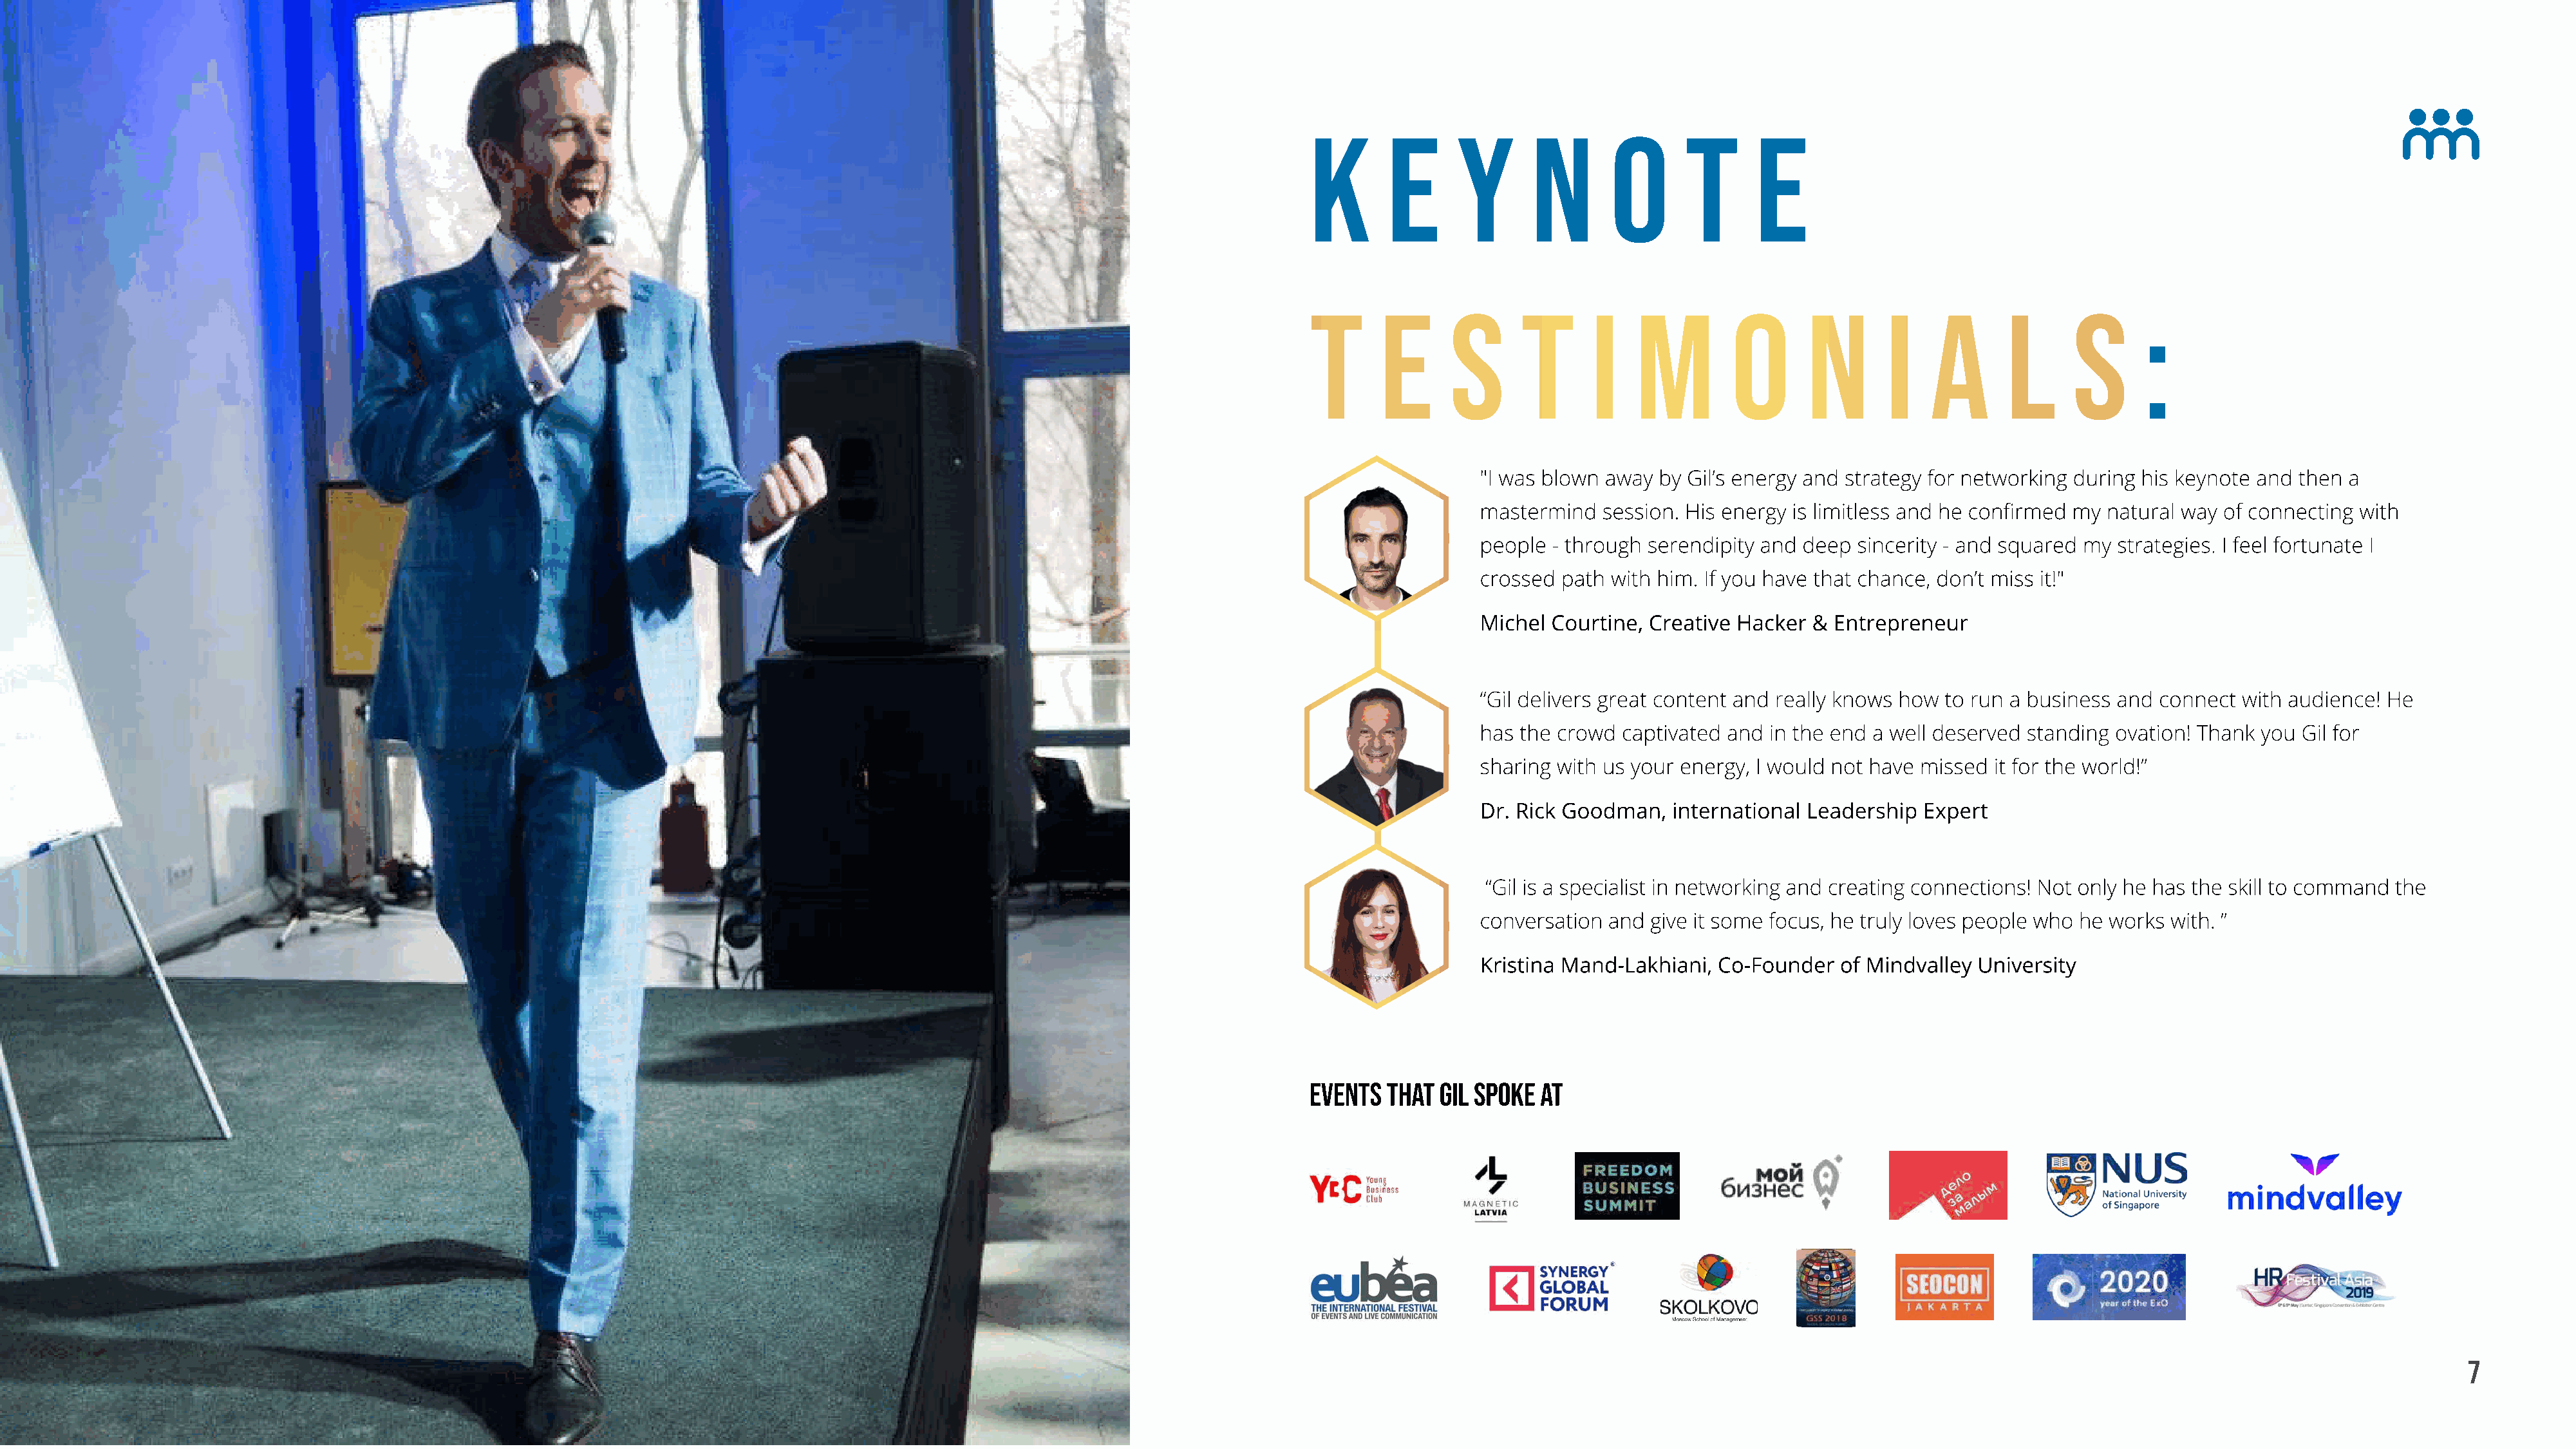
K       e      y      n        o      t      e
 t      e      s      t       i   m         o       n       i   a       l      s      :
 "I was blown away  by Gil’s energy and strategy for networking during his keynote and then a
 mastermind   session. His energy is limitless and he confirmed my natural way of connecting with
 people  - through serendipity and deep sincerity - and squared my strategies. I feel fortunate I
 crossed path  with him. If you have that chance, don’t miss it!"
 Michel Courtine, Creative  Hacker & Entrepreneur
 “Gil delivers great content and really knows how to run a business and connect with audience! He
 has the crowd  captivated and in the end a well deserved standing ovation! Thank you Gil for
 sharing with us your energy, I would not have missed it for the world!”
 Dr. Rick Goodman,   international Leadership  Expert
 “Gil is a specialist in networking and creating connections! Not only he has the skill to command the
 conversation and  give it some focus, he truly loves people who he works with. ”
 Kristina Mand-Lakhiani,  Co-Founder  of Mindvalley University
 Events  that Gil spoke at
 B  r a  n d   V i s i o n   &    P r o  d u c  t   O u t  l i n e                                                                                                                                                                                     7